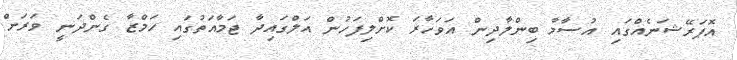
އޮޕަރޭޝަނެއްގައި އުސާމާ ބިންލާދިން އަވަހާރަ ކޮށްލިފަހުން އަލްގައިދާ ޖަމާއަތުގައި ހަމްޒާ ގެންދަނީ ވަރަށް